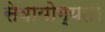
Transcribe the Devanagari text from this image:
सेवायोग्यता